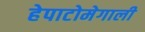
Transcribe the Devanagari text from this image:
हेपाटोमेगाली